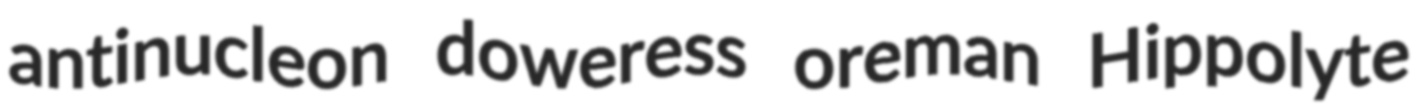
antinucleon doweress oreman Hippolyte